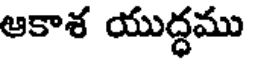
ఆకాశ యుద్ధము